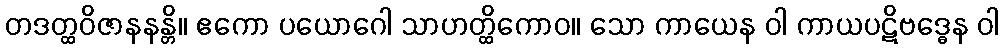
တဒတ္ထဝိဇာနနန္တိ။ ဧကော ပယောဂေါ သာဟတ္ထိကောဝ။ သော ကာယေန ဝါ ကာယပဋိဗဒ္ဓေန ဝါ